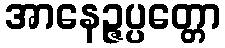
အာနေဉ္ဇပ္ပတ္တော